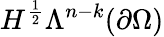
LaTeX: H^{\frac{1}{2}}\Lambda^{n-k}(\partial\Omega)